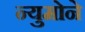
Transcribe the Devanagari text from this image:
न्युमोने